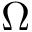
\Omega